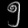
Digit: ၅